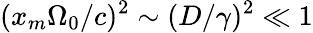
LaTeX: (x_{m}\Omega_{0}/c)^{2}\sim(D/\gamma)^{2}\ll 1